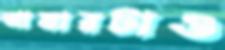
আমারটাও